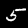
Digit: 5